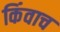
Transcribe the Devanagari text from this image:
किंवाच